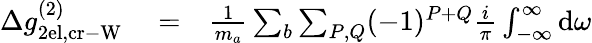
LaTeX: \begin{array}{rlr}{\Delta g_{\mathrm{2el,cr-W}}^{(2)}}&{{}=}&{\frac{1}{m_{a}}\sum_{b}\sum_{P,Q}(-1)^{P+Q}\frac{i}{\pi}\int_{-\infty}^{\infty}\mathrm{d}\omega}\end{array}